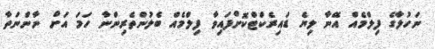
ނަހުލާގެ ފިލްމެއް އޭނާ ލިޔެ ޑައިރެކްޓްކޮށްފައިވާ ފިލްމެއް ބެލުންތެރިންނާ ހަމަ އަށް ނާންނަތާ